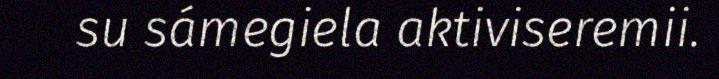
su sámegiela aktiviseremii.